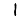
Digit: 1